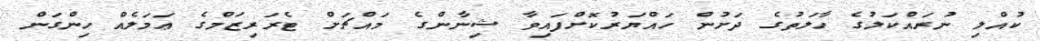
ކުއްލި ނުރައްކަލުގެ ހާލަތުގެ ދަށުން ހައްޔަރުކޮށްފައިވާ ޝިނާންގެ މައްޗަށް ޓެރަރިޒަމްގެ ޢަމަލެއް ހިންގަން